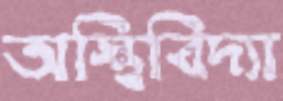
অস্থিবিদ্যা